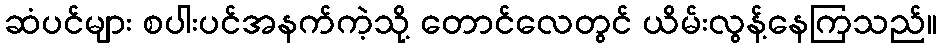
ဆံပင်များ စပါးပင်အနက်ကဲ့သို့ တောင်လေတွင် ယိမ်းလွန့်နေကြသည်။